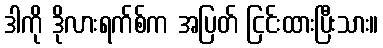
ဒါကို ဒိုလားရက်စ်က အပြတ် ငြင်းထားပြီးသား။